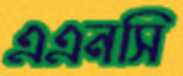
এএনসি